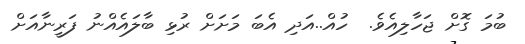
ބުމަ ގޮށް ޖަހާލިއެވެ.  ހުއް..އަދި އެބަ މަށަށް ރުޅި ބާލައެއްނު ފަރީނާއަށް